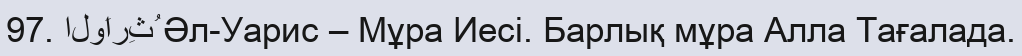
97. الوَارِثُ Әл-Уарис – Мұра Иесі. Барлық мұра Алла Тағалада.